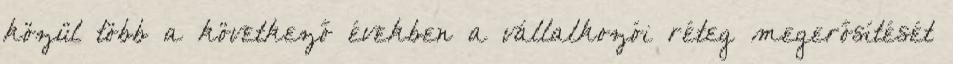
közül több a következő években a vállalkozói réteg megerősítését